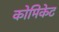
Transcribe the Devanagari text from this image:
कोमिकेट